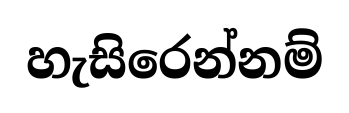
හැසිරෙන්නම්